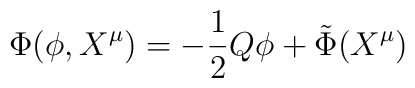
\Phi (\phi, X^\mu) = -\frac{1}{2}Q\phi + {\tilde \Phi}(X^\mu)